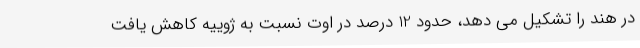
در هند را تشکیل می دهد، حدود 12 درصد در اوت نسبت به ژوییه کاهش یافت